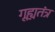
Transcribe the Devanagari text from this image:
गूह्यतंत्र